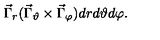
\vec { \Gamma } _ { r } ( \vec { \Gamma } _ { \vartheta } \times \vec { \Gamma } _ { \varphi } ) d r d \vartheta d \varphi .